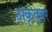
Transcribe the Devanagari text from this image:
अकृतूबर